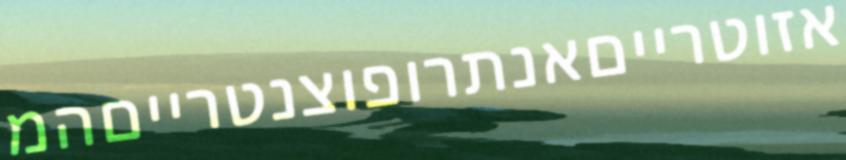
אזוטרייםאנתרופוצנטרייםהמ